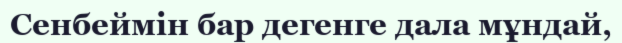
Сенбеймін бар дегенге дала мұндай,